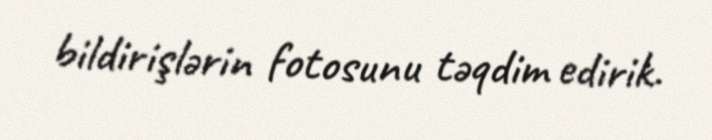
bildirişlərin fotosunu təqdim edirik.